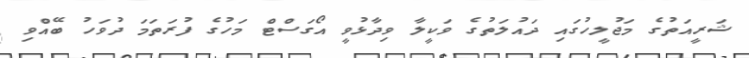
ޝަރީއަތުގެ މަޖުލީހުގައި ދައުލަތުގެ ވަކީލާ ވިދާޅުވީ އޯގަސްޓް މަހުގެ ފުރަތަމަ ދުވަހު ބޭއްވި